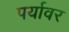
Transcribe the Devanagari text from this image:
पर्यावर